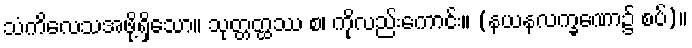
သံကိလေသအဖို့ရှိသော။ သုတ္တတ္ထဿ စ၊ ကိုလည်းကောင်း။ (နယနလက္ခဏော၌ စပ်)။